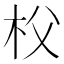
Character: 𣏤